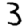
Digit: 3